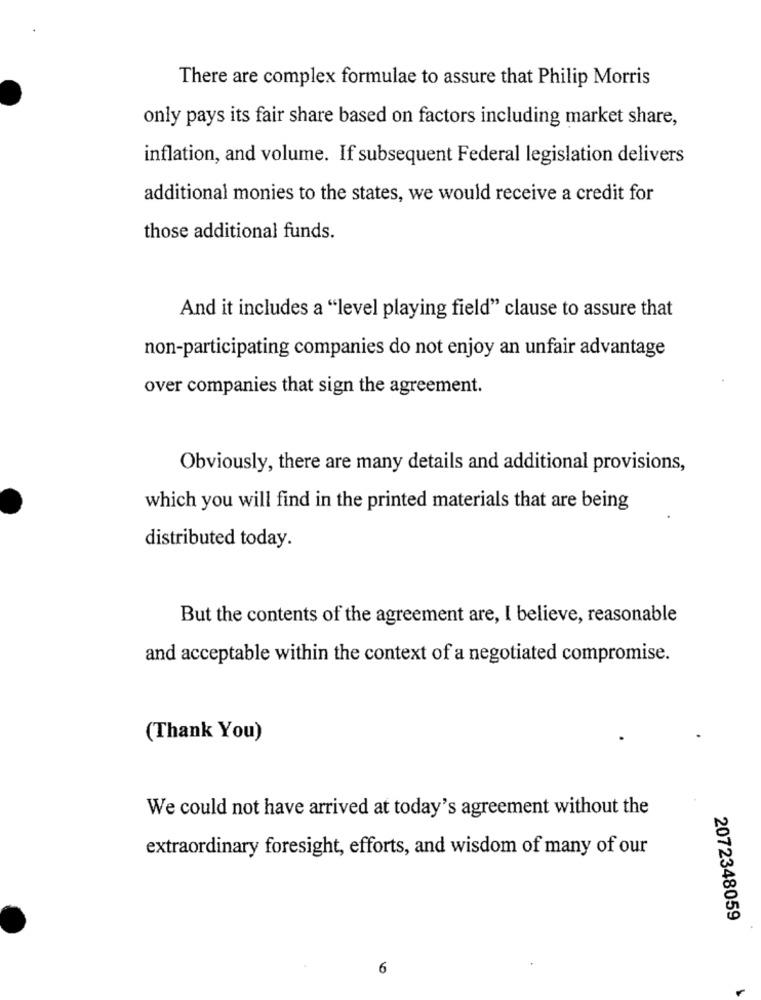
There are complex formulae to assure that Philip Morris
only pays its fair share based on factors including market share,
inflation, and volume. If subsequent Federal legislation delivers
additional monies to the states, we would receive a credit for
those additional funds.
And it includes a "level playing field" clause to assure that
non-participating companies do not enjoy an unfair advantage
over companies that sign the agreement.
Obviously, there are many details and additional provisions,
which you will find in the printed materials that are being
distributed today.
But the contents of the agreement are, I believe, reasonable
and acceptable within the context of a negotiated compromise.
(Thank You)
We could not have arrived at today's agreement without the
extraordinary foresight, efforts, and wisdom of many of our
2072348059
6